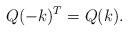
LaTeX: \begin{align*} Q(-k)^T = Q(k). \end{align*}